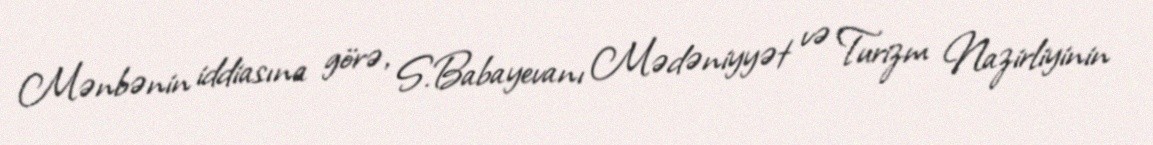
Mənbənin iddiasına görə, S.Babayevanı Mədəniyyət və Turizm Nazirliyinin